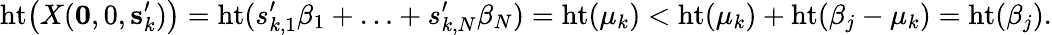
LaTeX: \mathrm{ht}\bigl(X(\mathbf{0},0,\mathbf{s}_{k}^{\prime})\bigr)=\mathrm{ht}(s_{k,1}^{\prime}\beta_{1}+\ldots+s_{k,N}^{\prime}\beta_{N})=\mathrm{ht}(\mu_{k})<\mathrm{ht}(\mu_{k})+\mathrm{ht}(\beta_{j}-\mu_{k})=\mathrm{ht}(\beta_{j}).